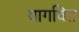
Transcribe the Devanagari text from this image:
वागवित